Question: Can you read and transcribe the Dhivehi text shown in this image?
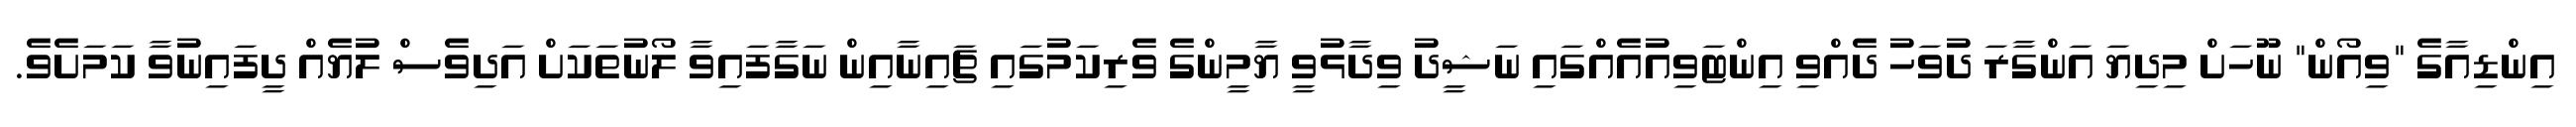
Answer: އިންޑިއާގެ "ވިއޯން" ނޫހަށް މިދިޔަ އަންގާރަ ދުވަހު ދެއްވި އިންޓަވިއުއެއްގައި ނަޝީދު ވިދާޅުވީ ޔާމީންގެ ވެރިކަމުގައި ޗައިނާއިން ނަގާފައިވާ ލޯނުތަކަށް އަދިވެސް ލުޔެއް ދީފައިނުވާ ކަމަށެވެ.